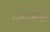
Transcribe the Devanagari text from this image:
दादाजीच